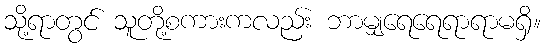
သို့ရာတွင် သူတို့စကားကလည်း ဘာမျှရေရေရာရာမရှိ။